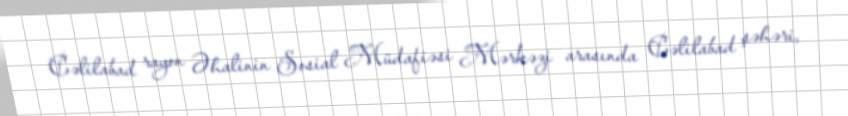
Cəlilabad rayon Əhalinin Sosial Müdafiəsi Mərkəzi arasında Cəlilabad şəhəri,